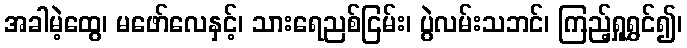
အခါမဲ့ထွေ၊ မဖော်လေနှင့်၊ သားရေညစ်ငြမ်း၊ ပွဲလမ်းသဘင်၊ ကြည့်ရှုရွှင်၍၊